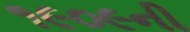
૧૯૦૯ની